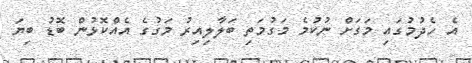
އެ ހެދުމުގައި މަގަށް ނުކުމެ މަގުމަތި ބަލާލިއިރު މަގުގެ އެއްކޮޅުން ބޮޑު ބިޔަ